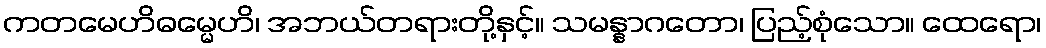
ကတမေဟိဓမ္မေဟိ၊ အဘယ်တရားတို့နှင့်။ သမန္နာဂတော၊ ပြည့်စုံသော။ ထေရော၊